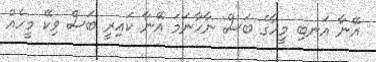
އޭނާ އަނބި މީހާގެ ބަސް ނާހާނަމަ އޭނާ ކައިރީ ބަސް ވިކޭ މީހެއް